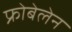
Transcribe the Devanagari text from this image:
फ्रोबेलेन